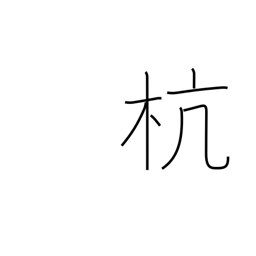
Meaning: picket